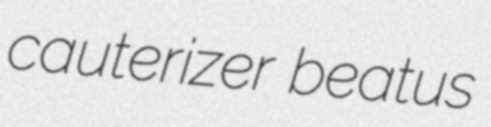
cauterizer beatus